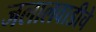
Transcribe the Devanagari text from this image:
जलालवाडीचे